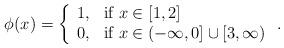
LaTeX: \begin{align*}\phi(x) = \left\{\begin{array}{ll}1, & \mbox{if } x\in[1,2]\\0, & \mbox{if } x\in(-\infty,0]\cup [3,\infty)\end{array}\right. .\end{align*}